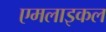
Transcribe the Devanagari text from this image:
एमलाइकल